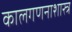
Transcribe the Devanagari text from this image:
कालगणनाशास्त्र